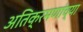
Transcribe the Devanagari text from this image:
अतिक्रमणांच्या